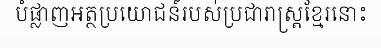
បំផ្លាញអត្ថប្រយោជន៍របស់ប្រជារាស្ត្រខ្មែរនោះ